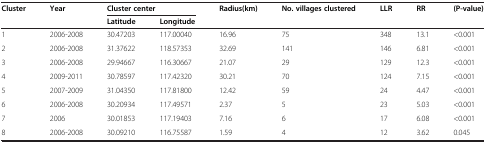
<table><thead><tr><td rowspan="2"><b>Cluster</b></td><td rowspan="2"><b>Year</b></td><td colspan="2"><b>Cluster center</b></td><td rowspan="2"><b>Radius(km)</b></td><td rowspan="2"><b>No. villages clustered</b></td><td rowspan="2"><b>LLR</b></td><td rowspan="2"><b>RR</b></td><td rowspan="2"><b>(P-value)</b></td></tr><tr><td><b>Latitude</b></td><td><b>Longitude</b></td></tr></thead><tbody><tr><td>1</td><td>2006-2008</td><td>30.47203</td><td>117.00040</td><td>16.96</td><td>75</td><td>348</td><td>13.1</td><td>&lt;0.001</td></tr><tr><td>2</td><td>2006-2008</td><td>31.37622</td><td>118.57353</td><td>32.69</td><td>141</td><td>146</td><td>6.81</td><td>&lt;0.001</td></tr><tr><td>3</td><td>2006-2008</td><td>29.94667</td><td>116.30667</td><td>21.07</td><td>29</td><td>129</td><td>12.3</td><td>&lt;0.001</td></tr><tr><td>4</td><td>2009-2011</td><td>30.78597</td><td>117.42320</td><td>30.21</td><td>70</td><td>124</td><td>7.15</td><td>&lt;0.001</td></tr><tr><td>5</td><td>2007-2009</td><td>31.04350</td><td>117.81800</td><td>12.42</td><td>59</td><td>24</td><td>4.47</td><td>&lt;0.001</td></tr><tr><td>6</td><td>2006-2008</td><td>30.20934</td><td>117.49571</td><td>2.37</td><td>5</td><td>23</td><td>5.03</td><td>&lt;0.001</td></tr><tr><td>7</td><td>2006</td><td>30.01853</td><td>117.19403</td><td>7.16</td><td>6</td><td>17</td><td>6.08</td><td>&lt;0.001</td></tr><tr><td>8</td><td>2006-2008</td><td>30.09210</td><td>116.75587</td><td>1.59</td><td>4</td><td>12</td><td>3.62</td><td>0.045</td></tr></tbody></table>